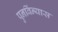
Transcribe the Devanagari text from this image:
पुनविंन्यास